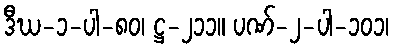
ဒီဃ-၁-ပါ-၈၀၊ ဋ္ဌ-၂၁၁။ ပဏ်-၂-ပါ-၁၀၁၊